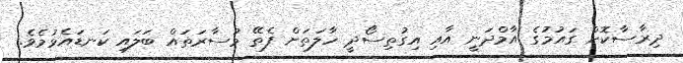
ދިރާސާކޮށް ގައުމުގެ އާމްދަނީ އާއި އިގުތިސޯދީ ހާލަތަށް ފެތޭ މުސާރަތައް ބަލައި ކަނޑައެޅުމެވެ.